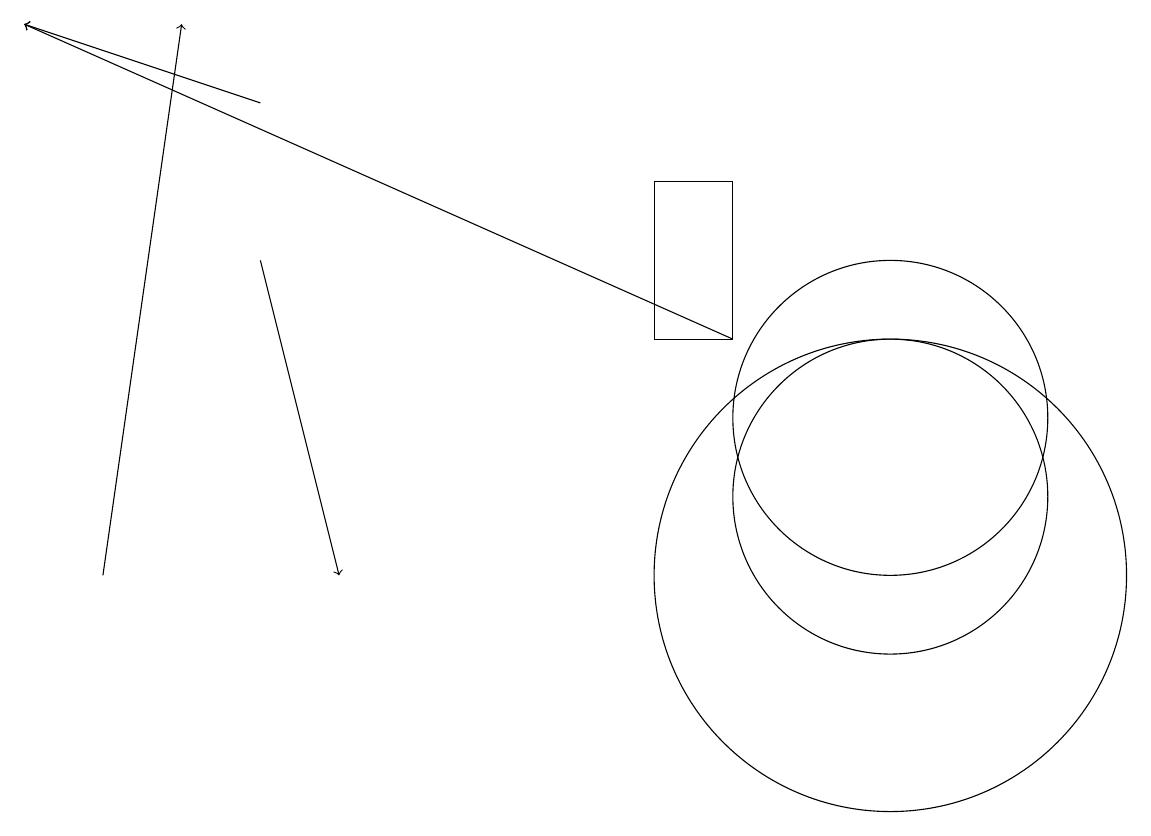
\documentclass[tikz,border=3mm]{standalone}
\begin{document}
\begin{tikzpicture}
\draw[->] (1,10) -- (2,17);
\draw[->] (3,14) -- (4,10);
\draw[->] (9,13) -- (0,17);
\draw[->] (3,16) -- (0,17);
\draw (11,11) circle (2);
\draw (11,12) circle (2);
\draw (11,10) circle (3);
\draw (8,15) rectangle (9,13);
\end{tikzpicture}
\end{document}